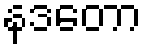
နဒတော